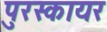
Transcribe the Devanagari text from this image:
पुरस्कायर